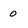
Character: o